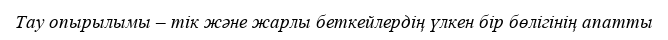
Тау опырылымы – тік және жарлы беткейлердің үлкен бір бөлігінің апатты